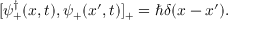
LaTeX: [ \psi _ { + } ^ { \dagger } ( x , t ) , \psi _ { + } ( x ^ { \prime } , t ) ] _ { + } = \hbar \delta ( x - x ^ { \prime } ) .